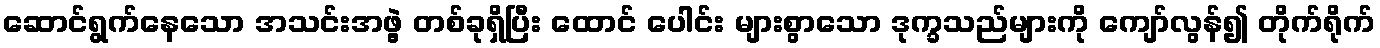
ဆောင်ရွက်နေသော အသင်းအဖွဲ့ တစ်ခုရှိပြီး ထောင် ပေါင်း များစွာသော ဒုက္ခသည်များကို ကျော်လွန်၍ တိုက်ရိုက်